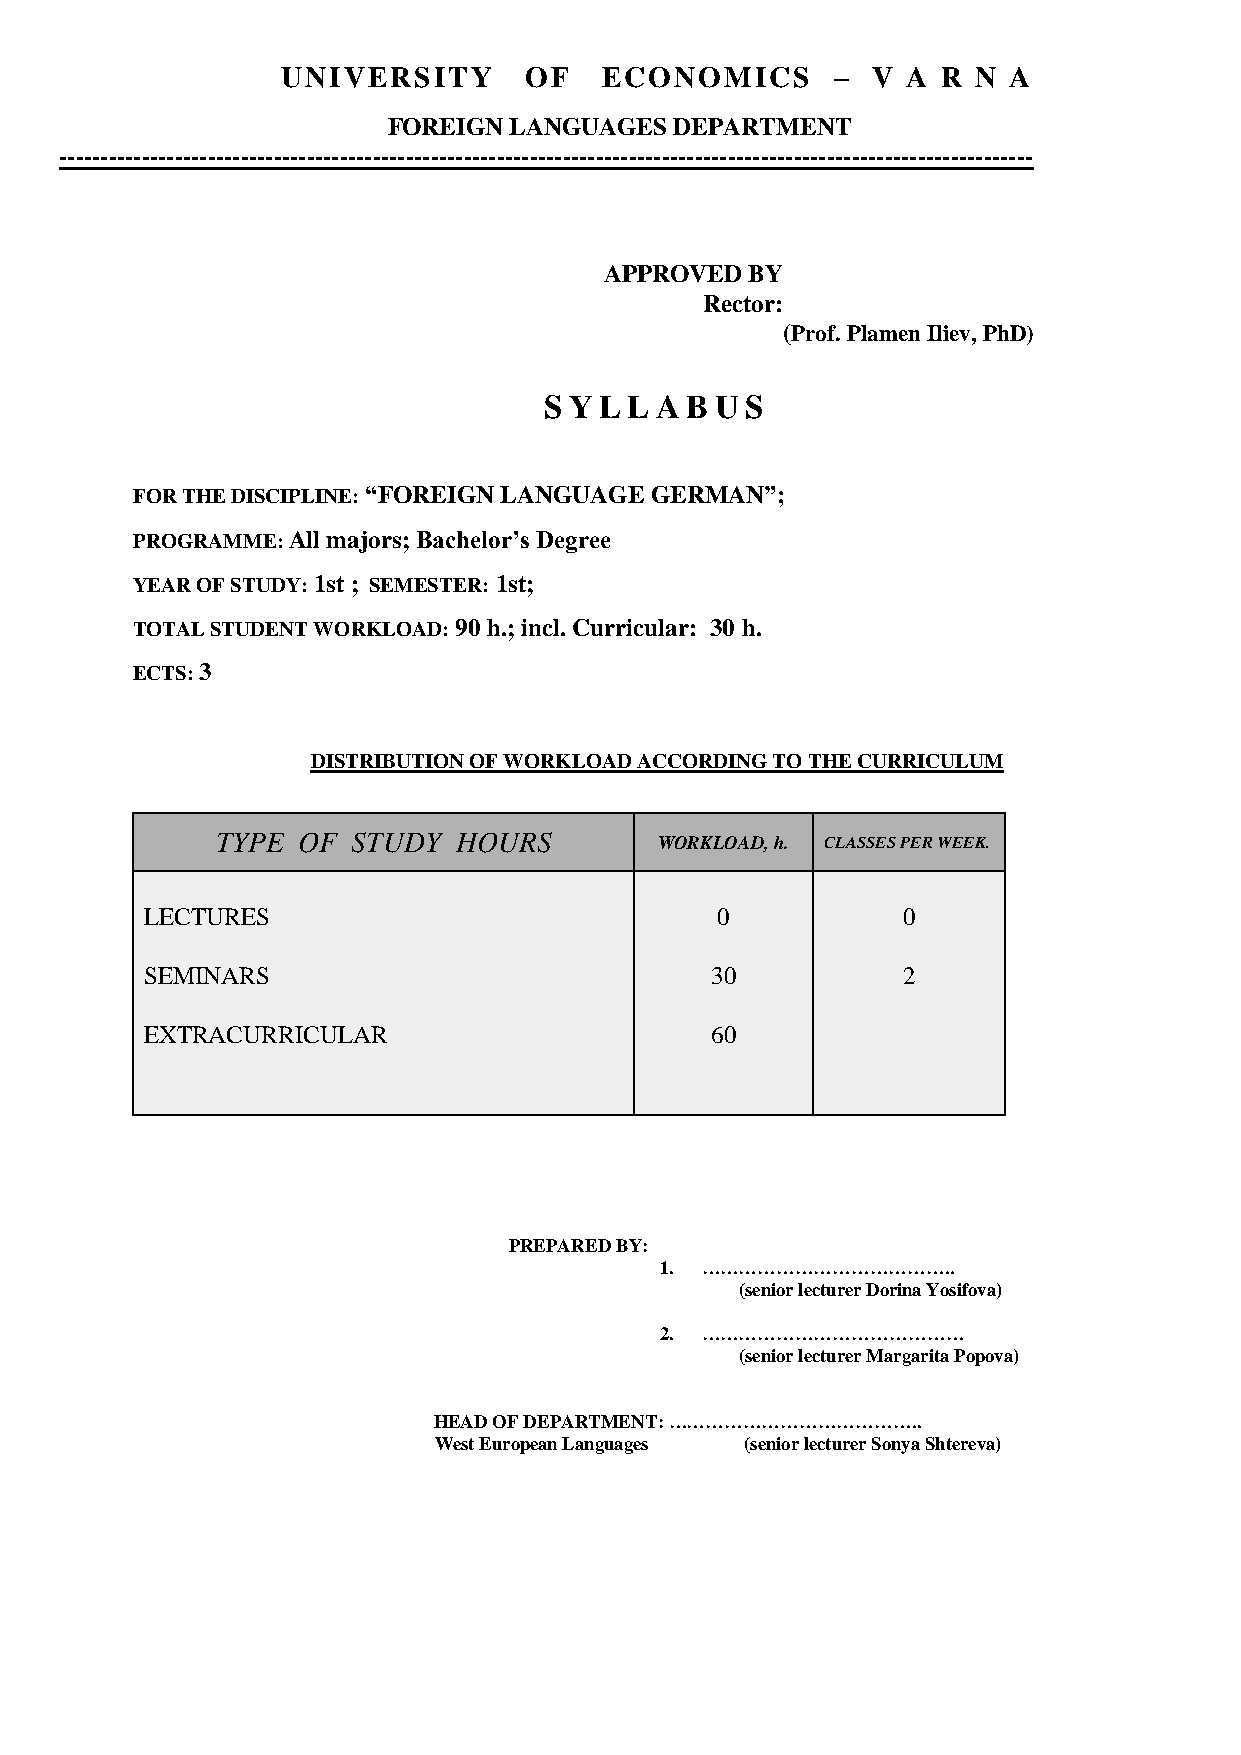
UNIVERSITY      OF   ECONOMICS      –  V A R  N A
 FOREIGN LANGUAGES  DEPARTMENT
 ----------------------------------------------------------------------------------------------------------------------
 APPROVED  BY
 Rector:
 (Prof. Plamen Iliev, PhD)
 SYL   L AB US
 FOR THE DISCIPLINE: “FOREIGN LANGUAGE GERMAN”;
 PROGRAMME: All majors; Bachelor’s Degree
 YEAR OF STUDY: 1st ; SEMESTER: 1st;
 TOTAL STUDENT WORKLOAD: 90 h.; incl. Curricular: 30 h.
 ECTS: 3
 DISTRIBUTION OF WORKLOAD ACCORDING TO THE CURRICULUM
 TYPE  OF STUDY  HOURS         WORKLOAD, h. CLASSES PER WEEK.
 LECTURES                             0            0
 SEMINARS                             30           2
 EXTRACURRICULAR                      60
 PREPARED BY:
 1. …………………………………..
 (senior lecturer Dorina Yosifova)
 2. ……………………………………
 (senior lecturer Margarita Popova)
 HEAD OF DEPARTMENT: …………………………………..
 West European Languages (senior lecturer Sonya Shtereva)